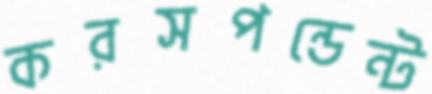
করসপন্ডেন্ট